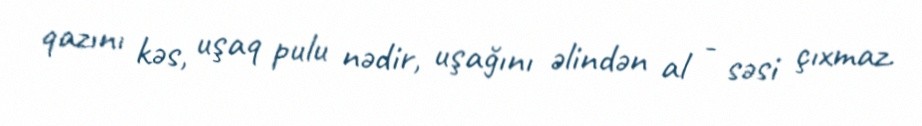
qazını kəs, uşaq pulu nədir, uşağını əlindən al - səsi çıxmaz.